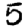
Digit: 5